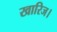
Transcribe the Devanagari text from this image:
खारिज।